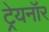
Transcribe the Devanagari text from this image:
ट्रेयनॉर